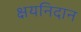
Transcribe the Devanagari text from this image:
क्षयनिदान